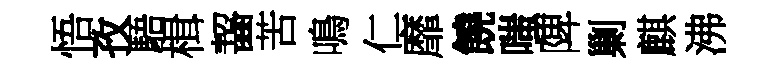
悟孜䮏楫齧苦鳴仁靡饒嗤陴剿麒沸